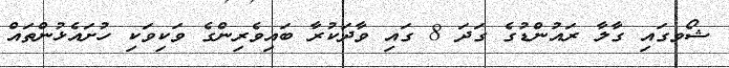
ޝޯވގައި ގާލާ ރައުންޑުގެ ގަދަ 8 ގައި ވާދަކުރާ ބައިވެރިންގެ ވަކިވަކި ހުށައެޅުންތައް